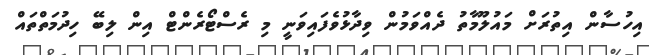
އިހުސާން އިތުރަށް މައުލޫމާތު ދެއްވަމުން ވިދާޅުވެފައިވަނީ މި ރެސްޓޯރެންޓް އިން ލިބޭ ހިދުމަތްތައް